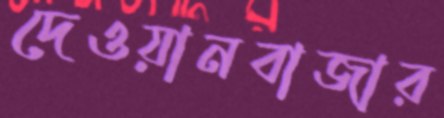
দেওয়ানবাজার